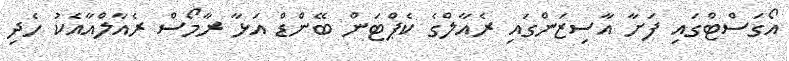
އޯގަސްޓްގައި ފަށާ އާސިޒަންގައި ރެއާލްގެ ކެޕްޓަން ބޭންޑް އަޅާ ރާމޯސް ރެއާލްއާއެކު ހެދި